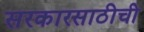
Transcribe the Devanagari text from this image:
सरकारसाठीची